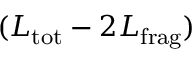
( { L } _ { \mathrm { t o t } } - 2 { L } _ { \mathrm { f r a g } } )